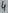
Text: 4